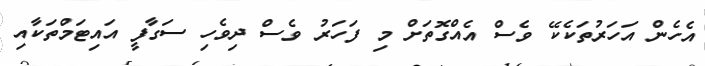
އެހެން އަހަރުތަކެކޭ ވެސް އެއްގޮތަށް މި ފަހަރު ވެސް ދިވެހި ސަގާފީ އައިޓަމްތަކާއި